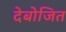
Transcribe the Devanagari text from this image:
देबोजित